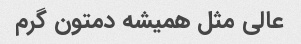
عالی مثل همیشه دمتون گرم